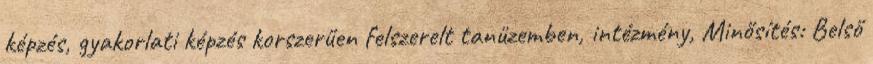
képzés, gyakorlati képzés korszerűen felszerelt tanüzemben, intézmény, Minősítés: Belső